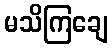
မသိကြချေ